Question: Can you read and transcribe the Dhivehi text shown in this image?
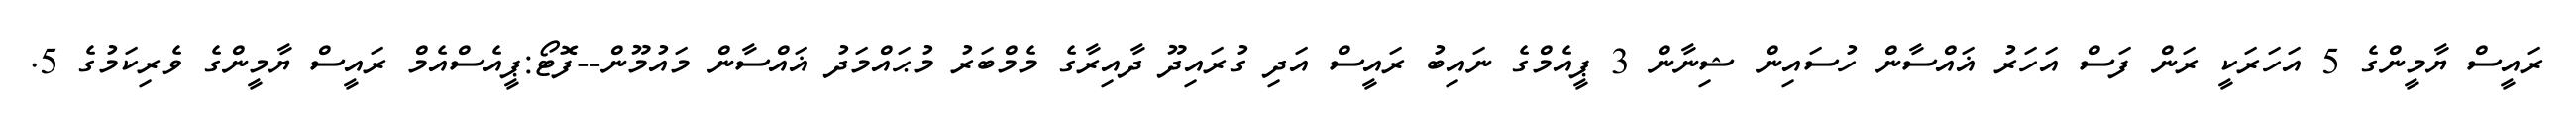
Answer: ރައީސް ޔާމީންގެ 5 އަހަރަކީ ރަން ފަސް އަހަރު ޣައްސާން ހުސައިން ޝިނާން 3 ޕީއެމްގެ ނައިބު ރައީސް އަދި ގުރައިދޫ ދާއިރާގެ މެމްބަރު މުޙައްމަދު ޣައްސާން މައުމޫން--ފޮޓޯ:ޕީއެސްއެމް ރައީސް ޔާމީންގެ ވެރިކަމުގެ 5.